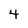
Character: 4